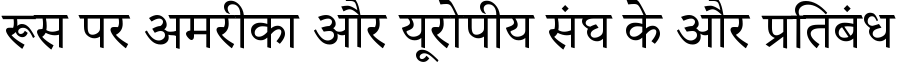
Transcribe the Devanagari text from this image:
रूस पर अमरीका और यूरोपीय संघ के और प्रतिबंध